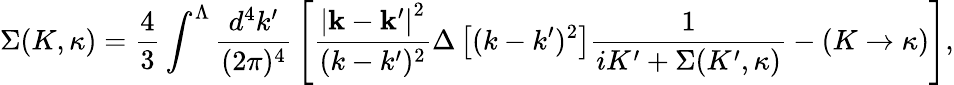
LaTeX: \Sigma(K,\kappa)=\frac{4}{3}\int^{\Lambda}\frac{d^{4}k^{\prime}}{(2\pi)^{4}}\, \left[\frac{\left|{\mathbf k}-{\mathbf k}^{\prime}\right|^{2}}{(k-k^{\prime})^{2}}\Delta\left[(k-k^{\prime})^{2}\right]\frac{1}{iK^{\prime}+\Sigma(K^{\prime},\kappa)}-(K\rightarrow\kappa)\right],